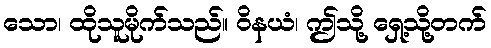
သော၊ ထိုသူမိုက်သည်။ ဝိနယံ၊ ဤသို့ ရှေ့သို့တက်